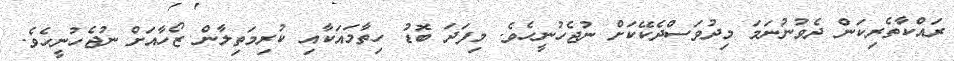
ރައްކާތެރިކަން ދެވުނުނަމަ މިދުވަސްދެކޭކަށް ނުޖެހުނީހެވެ. މިފަދަ ބޮޑު ހިތާމައަކާއި ކުރިމަތިލާން ޒޯހާއަށް ނުޖެހުނީހެވެ.